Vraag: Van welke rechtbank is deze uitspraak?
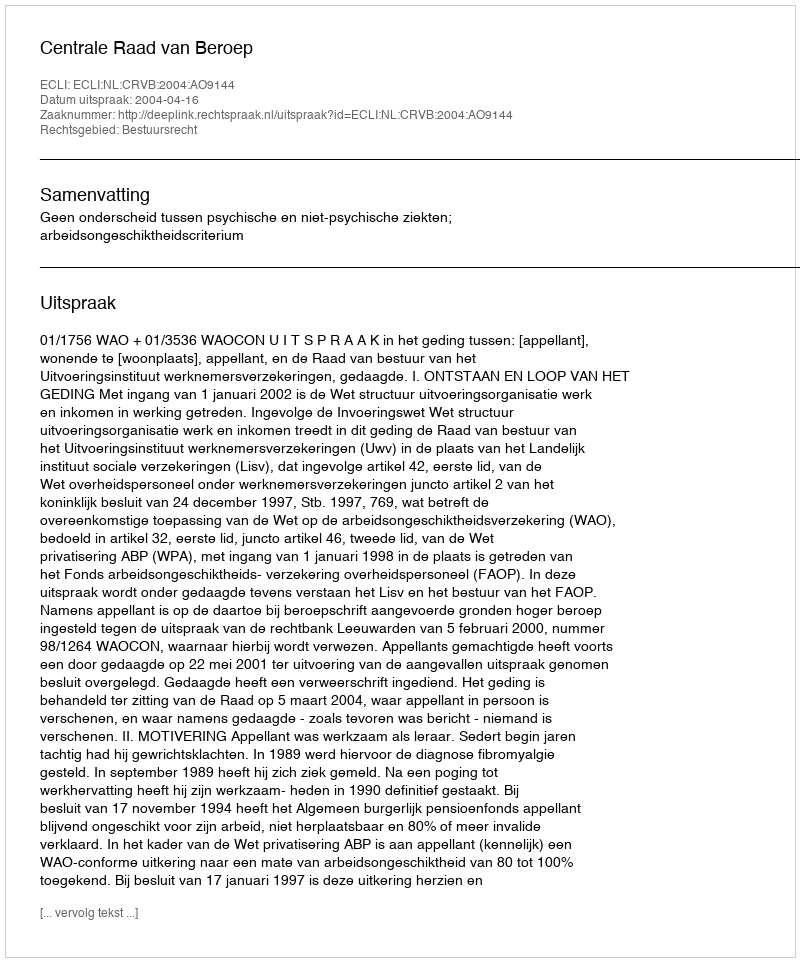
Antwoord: Centrale Raad van Beroep